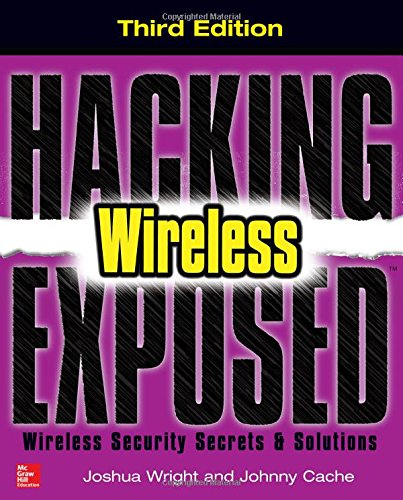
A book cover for Hacking Exposed Wireless, Third Edition: Wireless Security Secrets & Solutions; Joshua Wright; Computers & Technology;